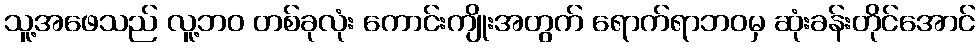
သူ့အဖေသည် လူ့ဘဝ တစ်ခုလုံး ကောင်းကျိုးအတွက် ရောက်ရာဘဝမှ ဆုံးခန်းတိုင်အောင်